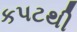
કપટથી